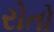
રોતો